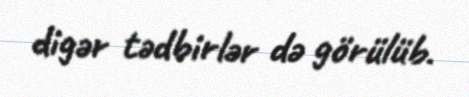
digər tədbirlər də görülüb.